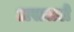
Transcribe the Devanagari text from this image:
असलले